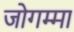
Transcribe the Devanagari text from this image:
जोगम्मा